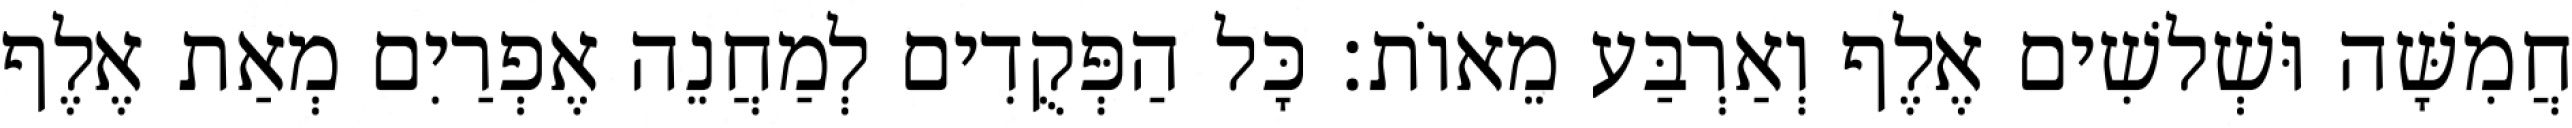
חֲמִשָּׁה וּשְׁלשִׁים אֶלֶף וְאַרְבַּע מֵאוֹת׃ כָּל הַפְּקֻדִים לְמַחֲנֵה אֶפְרַיִם מְאַת אֶלֶף